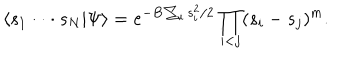
LaTeX: \langle s _ { 1 } \cdot \cdot \cdot s _ { N } | \Psi \rangle = e ^ { - B \sum _ { i } s _ { i } ^ { 2 } / 2 } \prod _ { i < j } ( s _ { i } - s _ { j } ) ^ { m } .